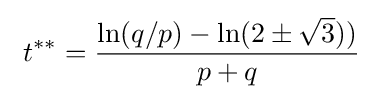
\ t^{**}={\frac {\ln(q/p)-\ln(2\pm {\sqrt {3}}))}{p+q}}